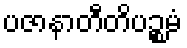
ပဇာနာတီတိပဉ္စမံ